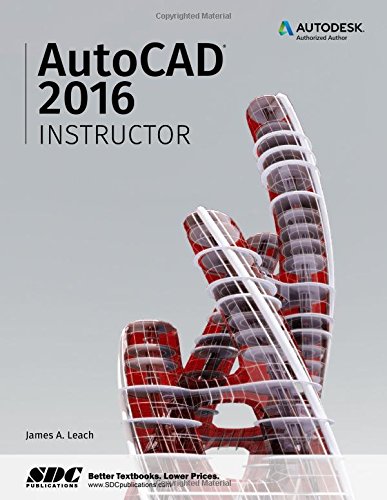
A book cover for AutoCAD 2016 Instructor; James Leach; Engineering & Transportation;